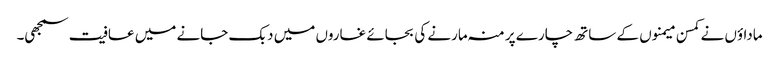
ماداؤں نے کمسن میمنوں کے ساتھ چارے پر منہ مارنے کی بجائے غاروں میں دبک جانے میں عافیت سمجھی۔